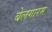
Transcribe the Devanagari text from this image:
बेलगारम